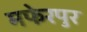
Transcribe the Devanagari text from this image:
मफेरपुर